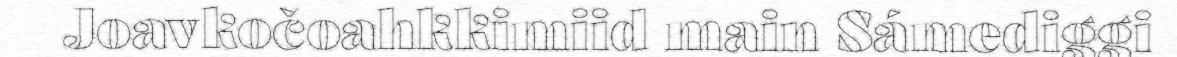
Joavkočoahkkimiid main Sámediggi